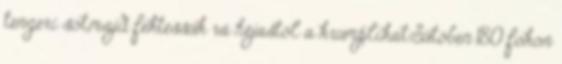
tengeri sót,majd fektessük rá héjastól a krumplikat.Sütőben 180 fokon